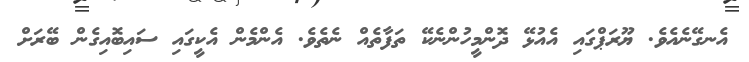
އެނގޭނެއެވެ. ޔޫރަޕްގައި އެއުޅޭ ދޮންމީހުންނެކޭ ތަފާތެއް ނެތެވެ. އެންމެން އެކީގައި ސައިބޮއިގެން ބޭރަށް